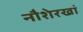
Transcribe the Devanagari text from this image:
नौशेरखां